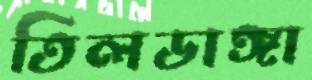
তিলডাঙ্গা